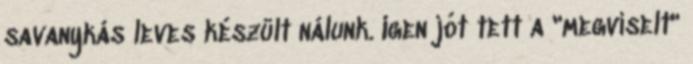
savanykás leves készült nálunk. Igen jót tett a "megviselt"